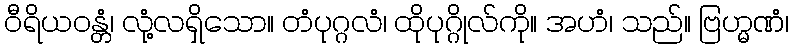
ဝီရိယဝန္တံ၊ လုံ့လရှိသော။ တံပုဂ္ဂလံ၊ ထိုပုဂ္ဂိုလ်ကို။ အဟံ၊ သည်။ ဗြဟ္မဏံ၊